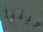
ديننا